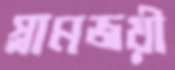
স্লামজয়ী